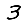
Digit: 3